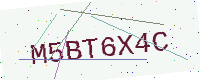
Text: M5BT6X4C